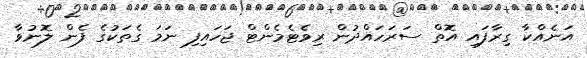
އަނެއްކާ ގިރާފައި އޮތް ސަރަހައްދުން ރިވެޓެމެންޓް ޖަހައިފި ނަމަ ގެތަކުގެ ފެން ލޮނުވާ